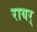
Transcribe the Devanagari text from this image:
रायर्